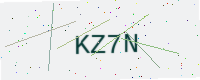
Text: KZ7N